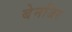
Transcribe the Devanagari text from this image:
बेनजिर